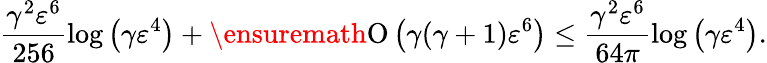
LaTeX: \frac{\gamma^{2}\varepsilon^{6}}{256}\log{\left(\gamma\varepsilon^{4}\right)}+\ensuremath{\operatorname{O}\left(\gamma(\gamma+1)\varepsilon^{6}\right)}\leq\frac{\gamma^{2}\varepsilon^{6}}{64\pi}\log{\left(\gamma\varepsilon^{4}\right)}.